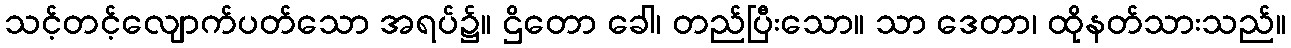
သင့်တင့်လျောက်ပတ်သော အရပ်၌။ ဌိတော ခေါ၊ တည်ပြီးသော။ သာ ဒေတာ၊ ထိုနတ်သားသည်။